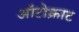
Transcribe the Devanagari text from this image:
ऑटोक्राट